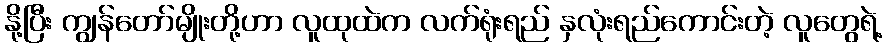
နို့ပြီး ကျွန်တော်မျိုးတို့ဟာ လူထုထဲက လက်ရုံးရည် နှလုံးရည်ကောင်းတဲ့ လူတွေရဲ့